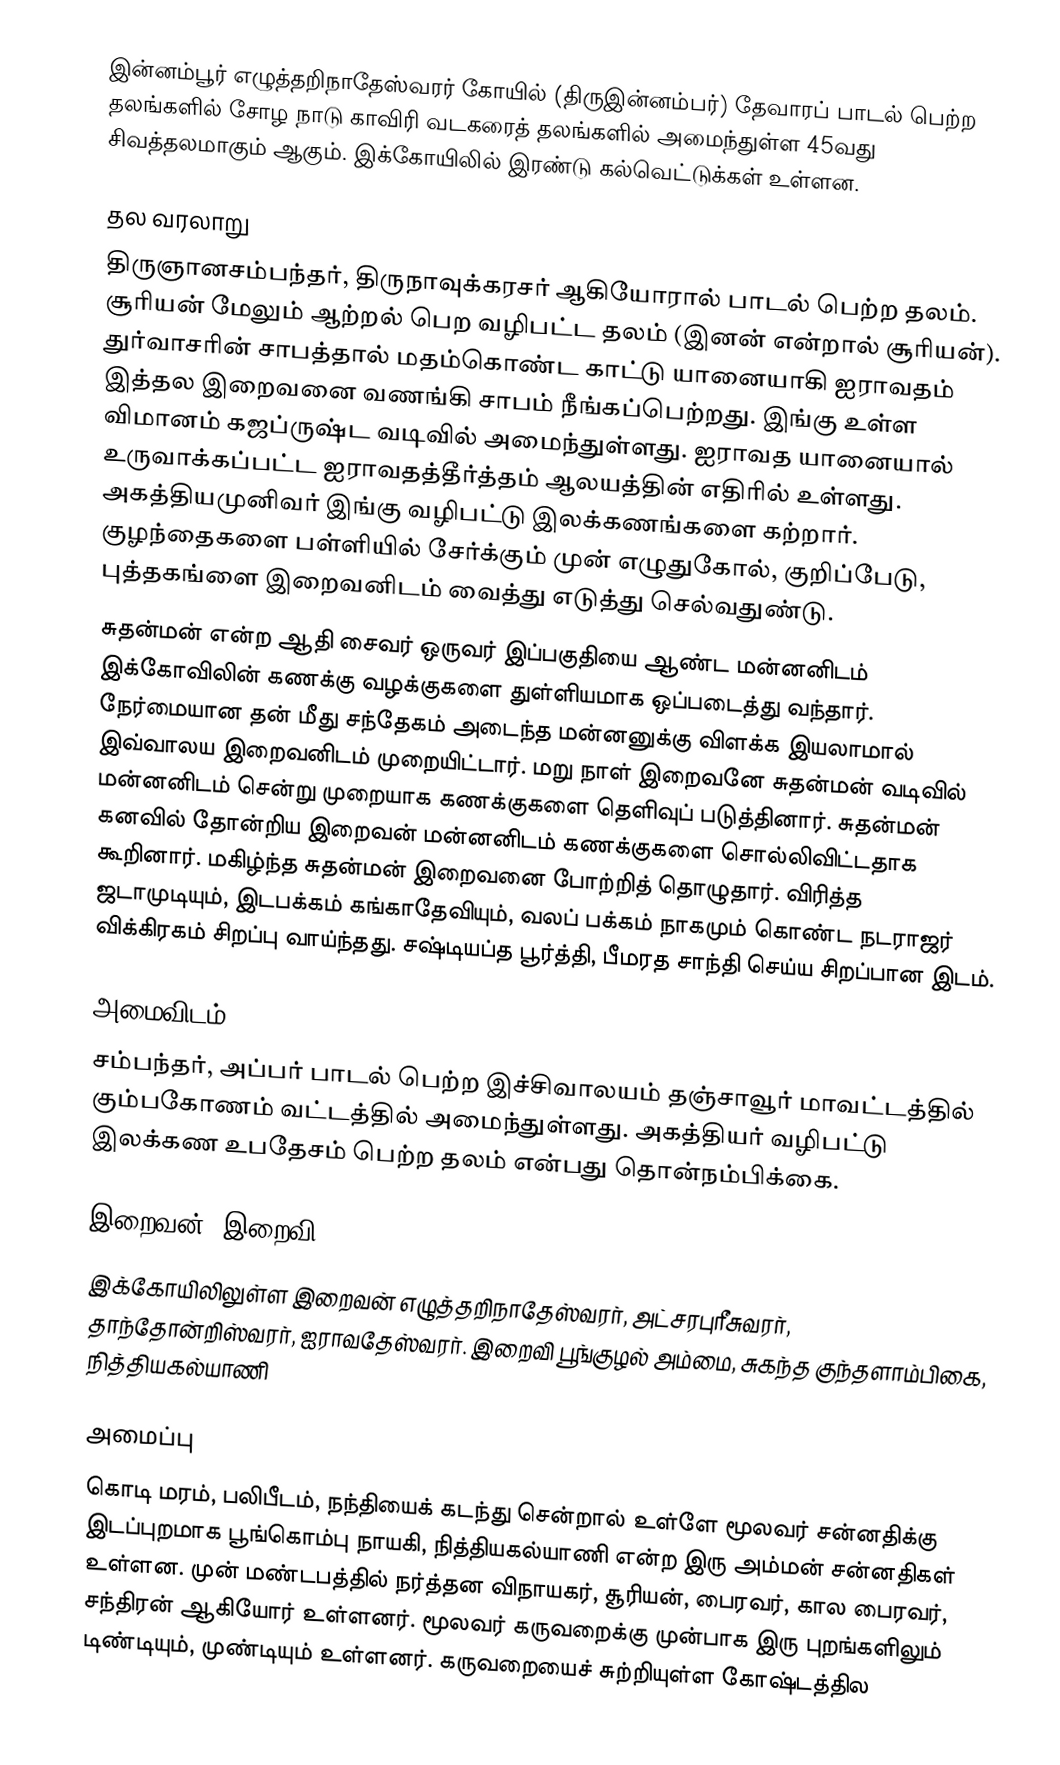
இன்னம்பூர் எழுத்தறிநாதேஸ்வரர் கோயில் (திருஇன்னம்பர்)  தேவாரப் பாடல் பெற்ற தலங்களில் சோழ நாடு காவிரி வடகரைத் தலங்களில் அமைந்துள்ள 45வது சிவத்தலமாகும் ஆகும். இக்கோயிலில் இரண்டு கல்வெட்டுக்கள் உள்ளன.

தல வரலாறு
திருஞானசம்பந்தர், திருநாவுக்கரசர் ஆகியோரால் பாடல் பெற்ற தலம். சூரியன் மேலும் ஆற்றல் பெற வழிபட்ட தலம் (இனன் என்றால் சூரியன்). துர்வாசரின் சாபத்தால் மதம்கொண்ட காட்டு யானையாகி ஐராவதம் இத்தல இறைவனை வணங்கி சாபம் நீங்கப்பெற்றது. இங்கு உள்ள விமானம் கஜப்ருஷ்ட வடிவில் அமைந்துள்ளது. ஐராவத யானையால் உருவாக்கப்பட்ட ஐராவதத்தீர்த்தம் ஆலயத்தின் எதிரில் உள்ளது. அகத்தியமுனிவர் இங்கு வழிபட்டு இலக்கணங்களை கற்றார். குழந்தைகளை பள்ளியில் சேர்க்கும் முன் எழுதுகோல், குறிப்பேடு, புத்தகங்ளை இறைவனிடம் வைத்து எடுத்து செல்வதுண்டு.
சுதன்மன் என்ற ஆதி சைவர் ஒருவர் இப்பகுதியை ஆண்ட மன்னனிடம் இக்கோவிலின் கணக்கு வழக்குகளை துள்ளியமாக ஒப்படைத்து வந்தார். நேர்மையான தன் மீது சந்தேகம் அடைந்த மன்னனுக்கு விளக்க இயலாமால் இவ்வாலய இறைவனிடம் முறையிட்டார். மறு நாள் இறைவனே சுதன்மன் வடிவில் மன்னனிடம் சென்று முறையாக கணக்குகளை தெளிவுப் படுத்தினார். சுதன்மன் கனவில் தோன்றிய இறைவன் மன்னனிடம் கணக்குகளை சொல்லிவிட்டதாக கூறினார். மகிழ்ந்த சுதன்மன் இறைவனை போற்றித் தொழுதார். விரித்த ஜடாமுடியும், இடபக்கம் கங்காதேவியும், வலப் பக்கம் நாகமும் கொண்ட நடராஜர் விக்கிரகம் சிறப்பு வாய்ந்தது. சஷ்டியப்த பூர்த்தி, பீமரத சாந்தி செய்ய சிறப்பான இடம்.

அமைவிடம்
சம்பந்தர், அப்பர் பாடல் பெற்ற இச்சிவாலயம் தஞ்சாவூர் மாவட்டத்தில்   கும்பகோணம் வட்டத்தில் அமைந்துள்ளது. அகத்தியர் வழிபட்டு இலக்கண உபதேசம் பெற்ற தலம் என்பது தொன்நம்பிக்கை.

இறைவன், இறைவி
இக்கோயிலிலுள்ள இறைவன் எழுத்தறிநாதேஸ்வரர், அட்சரபுரீசுவரர், தாந்தோன்றிஸ்வரர், ஐராவதேஸ்வரர். இறைவி பூங்குழல் அம்மை, சுகந்த குந்தளாம்பிகை, நித்தியகல்யாணி

அமைப்பு
கொடி மரம், பலிபீடம், நந்தியைக் கடந்து சென்றால் உள்ளே மூலவர் சன்னதிக்கு இடப்புறமாக பூங்கொம்பு நாயகி, நித்தியகல்யாணி என்ற இரு அம்மன் சன்னதிகள் உள்ளன. முன் மண்டபத்தில் நர்த்தன விநாயகர், சூரியன், பைரவர், கால பைரவர், சந்திரன் ஆகியோர் உள்ளனர். மூலவர் கருவறைக்கு முன்பாக இரு புறங்களிலும் டிண்டியும், முண்டியும் உள்ளனர். கருவறையைச் சுற்றியுள்ள கோஷ்டத்தில